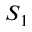
S _ { 1 }